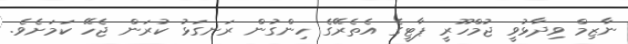
ނާޒިމް ވިދާޅުވީ ޖުމްހޫރީ ޕާޓީގެ އެތެރޭގެ ހިންގުން ރަނގަޅު ކުރަން ޖެހޭ ކަަމަށެވެ.